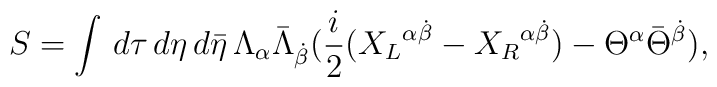
S=\int\,d\tau\,d\eta\,d{\bar{\eta}}\,\Lambda_{\alpha}{\bar{\Lambda}}_{\dot{\beta}}({i\over2}({X_{L}}^{\alpha\dot{\beta}}-{X_{R}}^{\alpha\dot{\beta}})-\Theta^{\alpha}{\bar{\Theta}}^{\dot{\beta}}),